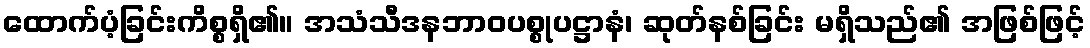
ထောက်ပံ့ခြင်းကိစ္စရှိ၏။ အသံသီဒနဘာဝပစ္စုပဋ္ဌာနံ၊ ဆုတ်နစ်ခြင်း မရှိသည်၏ အဖြစ်ဖြင့်